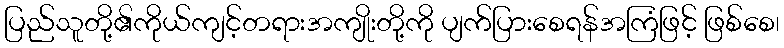
ပြည်သူတို့၏ကိုယ်ကျင့်တရားအကျိုးတို့ကို ပျက်ပြားစေရန်အကြံဖြင့် ဖြစ်စေ၊